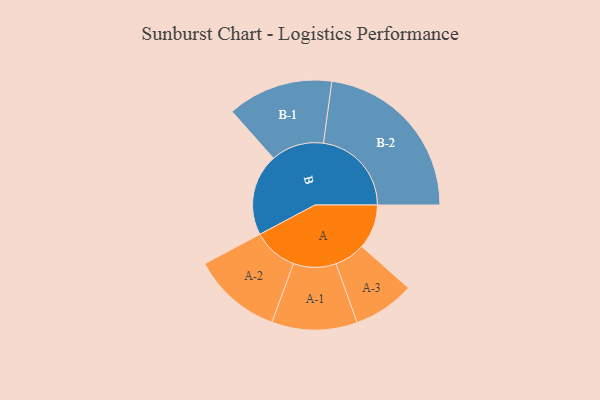
{"axis": {"x": "Segment", "y": "Value"}, "legend": ["", "A", "B"], "data": [{"x": "A", "y": 149, "type": ""}, {"x": "B", "y": 274, "type": ""}, {"x": "A-1", "y": 143, "type": "A"}, {"x": "A-2", "y": 150, "type": "A"}, {"x": "A-3", "y": 103, "type": "A"}, {"x": "B-1", "y": 177, "type": "B"}, {"x": "B-2", "y": 295, "type": "B"}]}